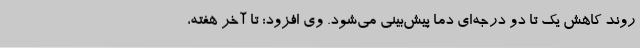
روند کاهش یک تا دو درجه‌ای دما پیش‌بینی می‌شود. وی افزود: تا آخر هفته،